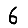
Digit: 6